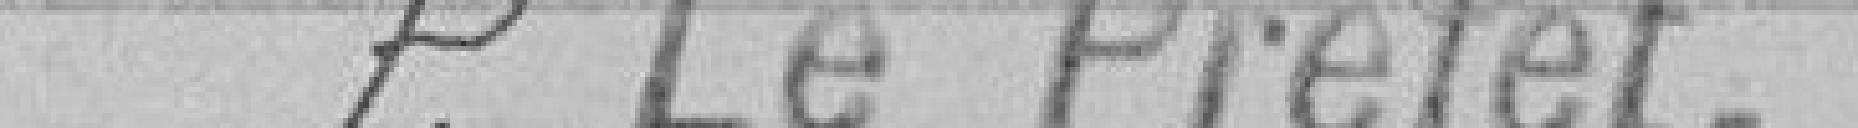
Pour le Préfet,